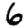
Digit: 6